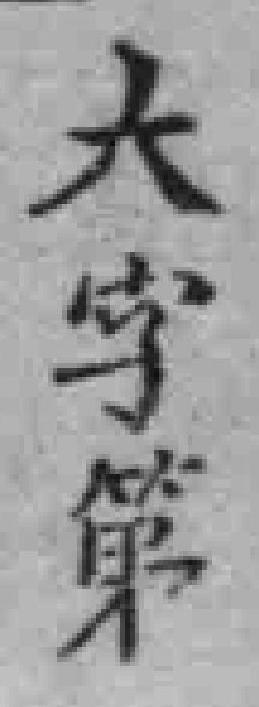
大字第